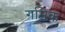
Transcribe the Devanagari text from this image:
गमिक